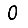
Digit: 0